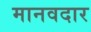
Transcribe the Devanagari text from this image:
मानवदार